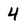
Character: 4